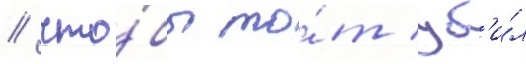
/ что́бы то́т уб'и́л